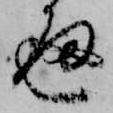
通